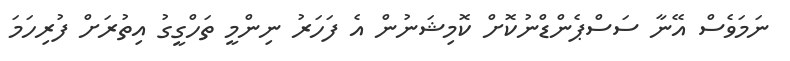
ނަމަވެސް އޭނާ ސަސްޕެންޑްނުކޮށް ކޮމިޝަނުން އެ ފަހަރު ނިންމީ ތަހްގީގު އިތުރަށް ފުރިހަމަ